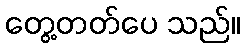
တွေ့တတ်ပေ သည်။